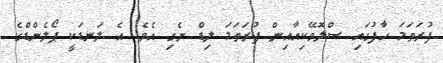
ފުރަތަމަ ހާފުގައި ސްލޮވޭކިއާއިން ފުރަތަމަ ލިޑް ނެގި އެވެ. އެ ލަނޑަކީ ޕޯލެންޑްގެ